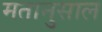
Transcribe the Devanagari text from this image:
मतानुसाल